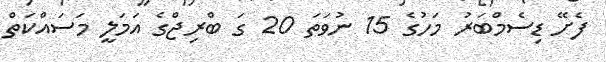
ފެށޭ ޑިސެމްބަރު މަހުގެ 15 ނުވަތަ 20 ގަ ބްރިޖްގެ އަމަލީ މަސައްކަތް